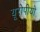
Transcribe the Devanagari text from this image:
यूरोपीयो